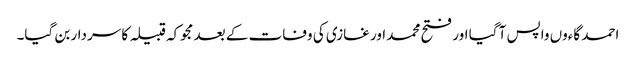
احمد گاءوں واپس آ گیا اور فتح محمد اور غازی کی وفات کے بعد مجوکہ قبیلہ کا سردار بن گیا۔